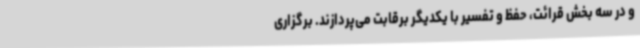
و در سه بخش قرائت، حفظ و تفسیر با یکدیگر برقابت می‌پردازند. برگزاری